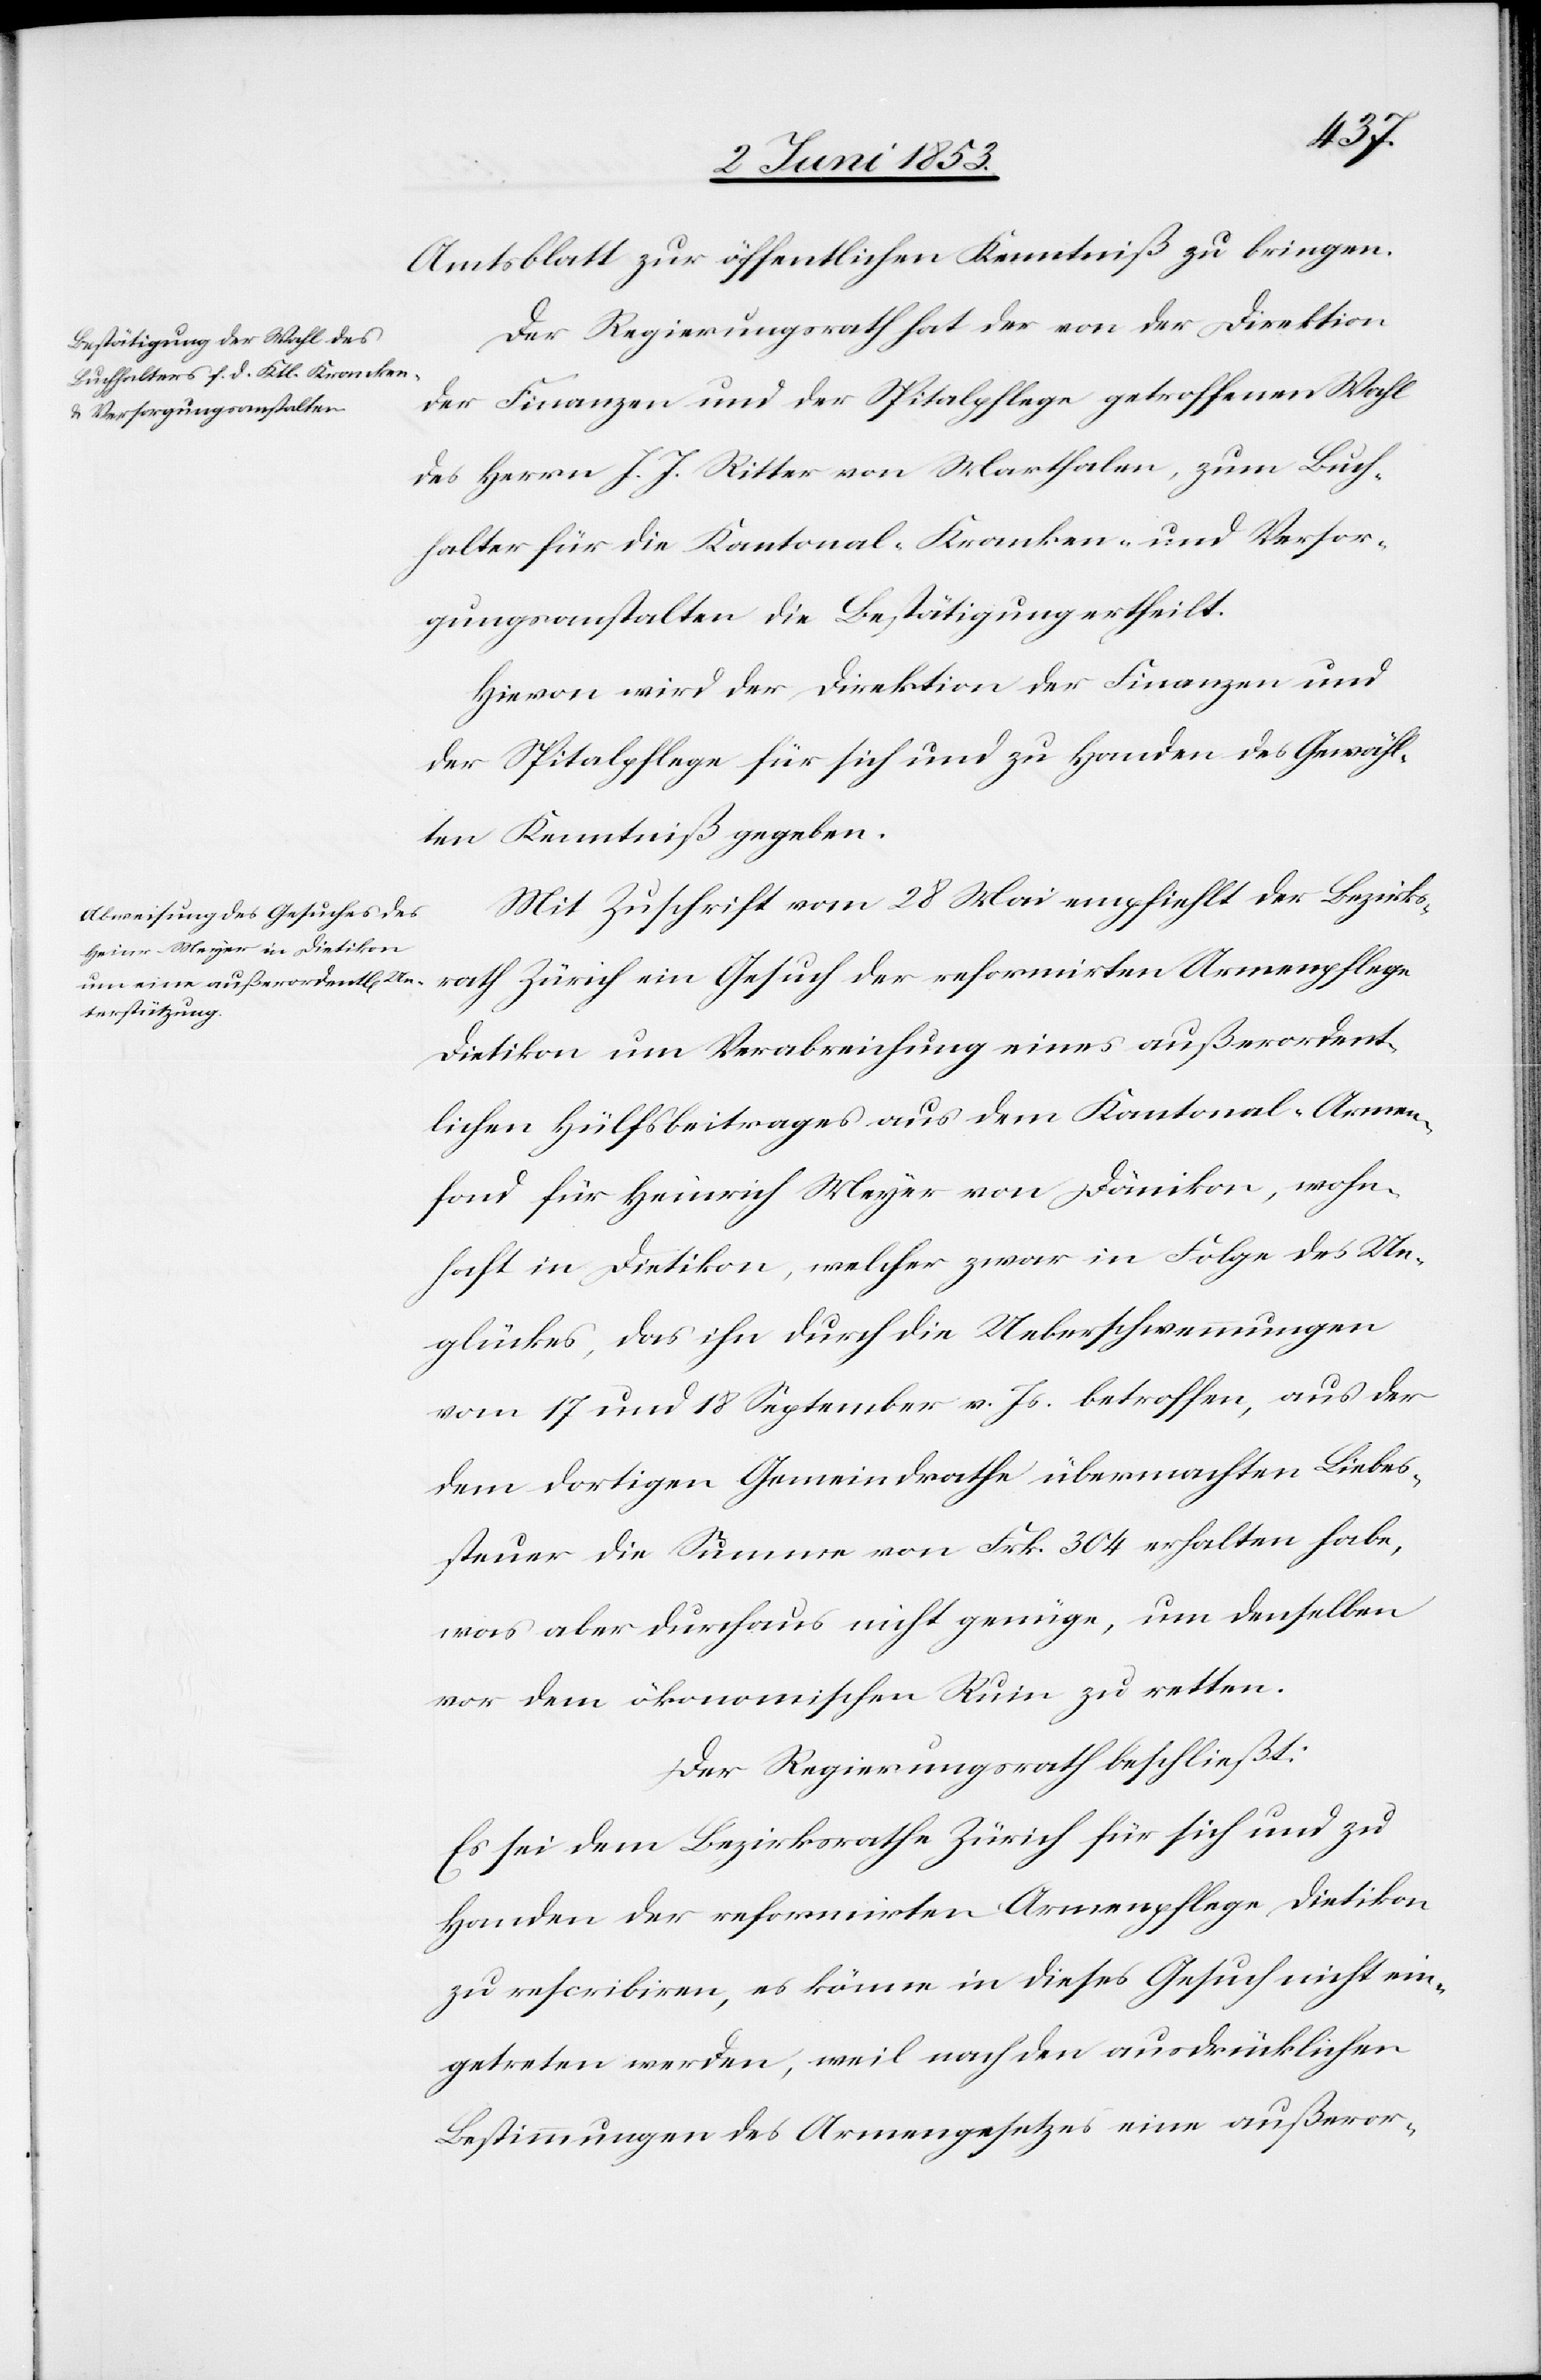
Amtsblatt zur öffentlichen Kenntniß zu bringen.
Der Regierungsrath hat der von der Direktion
der Finanzen und der Spitalpflege getroffenen Wahl
des Herrn J. J. Ritter von Marthalen, zum Buch¬
halter für die Kantonal-Kranken- und Versor¬
gungsanstalten die Bestätigung ertheilt.
Hievon wird der Direktion der Finanzen und
der Spitalpflege für sich und zu Handen des Gewähl¬
ten Kenntniß gegeben.
Mit Zuschrift vom 28 Mai empfiehlt der Bezirks¬
rath Zürich ein Gesuch der reformirten Armenpflege
Dietikon um Verabreichung eines außerordent¬
lichen Hülfsbeitrages aus dem Kantonal-Armen¬
fond für Heinrich Meyer von Dänikon, wohn¬
haft in Dietikon, welcher zwar in Folge des Un¬
glückes, das ihn durch die Ueberschwemmungen
vom 17 und 18 September v. Js. betroffen, aus der
dem dortigen Gemeindrathe übermachten Liebes¬
steuer die Summe von Frk. 304 erhalten habe,
was aber durchaus nicht genüge, um denselben
vor dem ökonomischen Ruin zu retten.
Der Regierungsrath beschließt:
Es sei dem Bezirksrathe Zürich für sich und zu
Handen der reformirten Armenpflege Dietikon
zu rescribiren, es könne in dieses Gesuch nicht ein¬
getreten werden, weil nach den ausdrücklichen
Bestimmungen des Armengesetzes eine außeror-